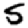
Digit: 5